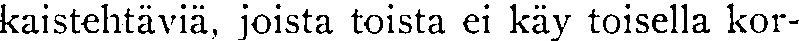
kaistehtäviä, joista toista ei käy toisella kor-